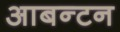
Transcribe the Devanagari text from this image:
आबन्टन